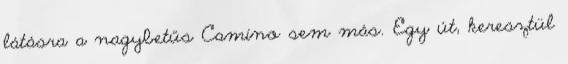
látásra a nagybetűs Camino sem más. Egy út, keresztül